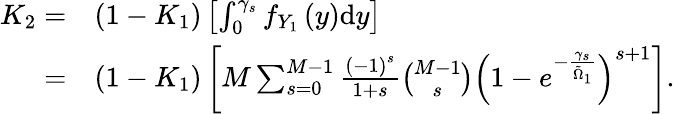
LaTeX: \begin{array}{rl}{K_{2}=}&{\left(1-K_{1}\right)\left[\int_{0}^{\gamma_{s}}f_{Y_{1}}\left(y\right)\mathrm{d}y\right]}\\ {=}&{\left(1-K_{1}\right)\left[M\sum_{s=0}^{M-1}\frac{\left(-1\right)^{s}}{1+s}\binom{M-1}{s}\left(1-e^{-\frac{\gamma_{s}}{\tilde{\Omega}_{1}}}\right)^{s+1}\right].}\end{array}